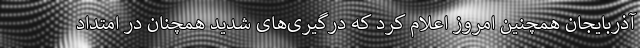
آذربایجان همچنین امروز اعلام کرد که درگیری‌های شدید همچنان در امتداد